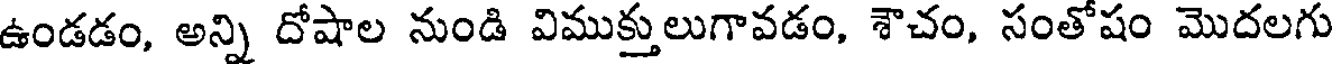
ఉండడం, అన్ని దోషాల నుండి విముక్తులుగావడం, శౌచం, సంతోషం మొదలగు